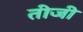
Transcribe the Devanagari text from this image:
तीजी